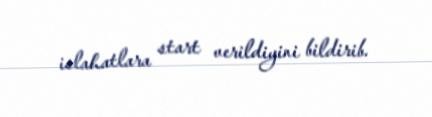
islahatlara start verildiyini bildirib.